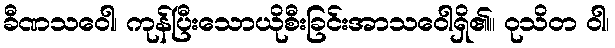
ခီဏသဝေါ၊ ကုန်ပြီးသောယိုစီးခြင်းအာသဝေါရှိ၏။ ဝုသိတ ဝါ၊